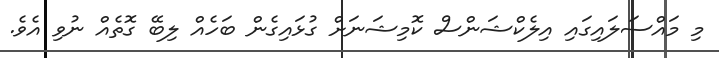
މި މައްސަލައިގައި އިލެކްޝަންސް ކޮމިޝަނަށް ގުޅައިގެން ބަހެއް ލިބޭ ގޮތެއް ނުވި އެވެ.